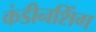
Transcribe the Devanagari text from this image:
कंडीनशिंग